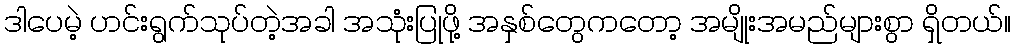
ဒါပေမဲ့ ဟင်းရွက်သုပ်တဲ့အခါ အသုံးပြုဖို့ အနှစ်တွေကတော့ အမျိုးအမည်များစွာ ရှိတယ်။